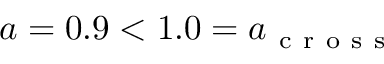
a = 0 . 9 < 1 . 0 = a _ { \mathrm { ~ c ~ r ~ o ~ s ~ s ~ } }